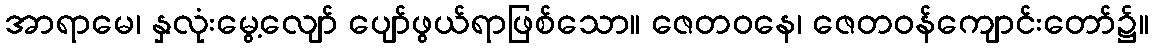
အာရာမေ၊ နှလုံးမွေ့လျော် ပျော်ဖွယ်ရာဖြစ်သော။ ဇေတဝနေ၊ ဇေတဝန်ကျောင်းတော်၌။